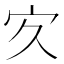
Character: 㝌